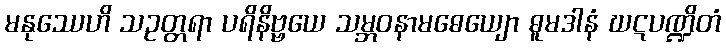
မနုဿေဟိ သဥတ္တရာ ပရိနိဗ္ဗယေ သမ္ဘဝနာမဓေယျော ဓူမဒါနံ ဃဋပဏ္ဍိတံ